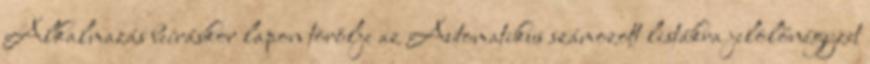
Alkalmazás beíráskor lapon törölje az Automatikus számozott listákra jelölőnégyzet